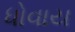
ધોવાય